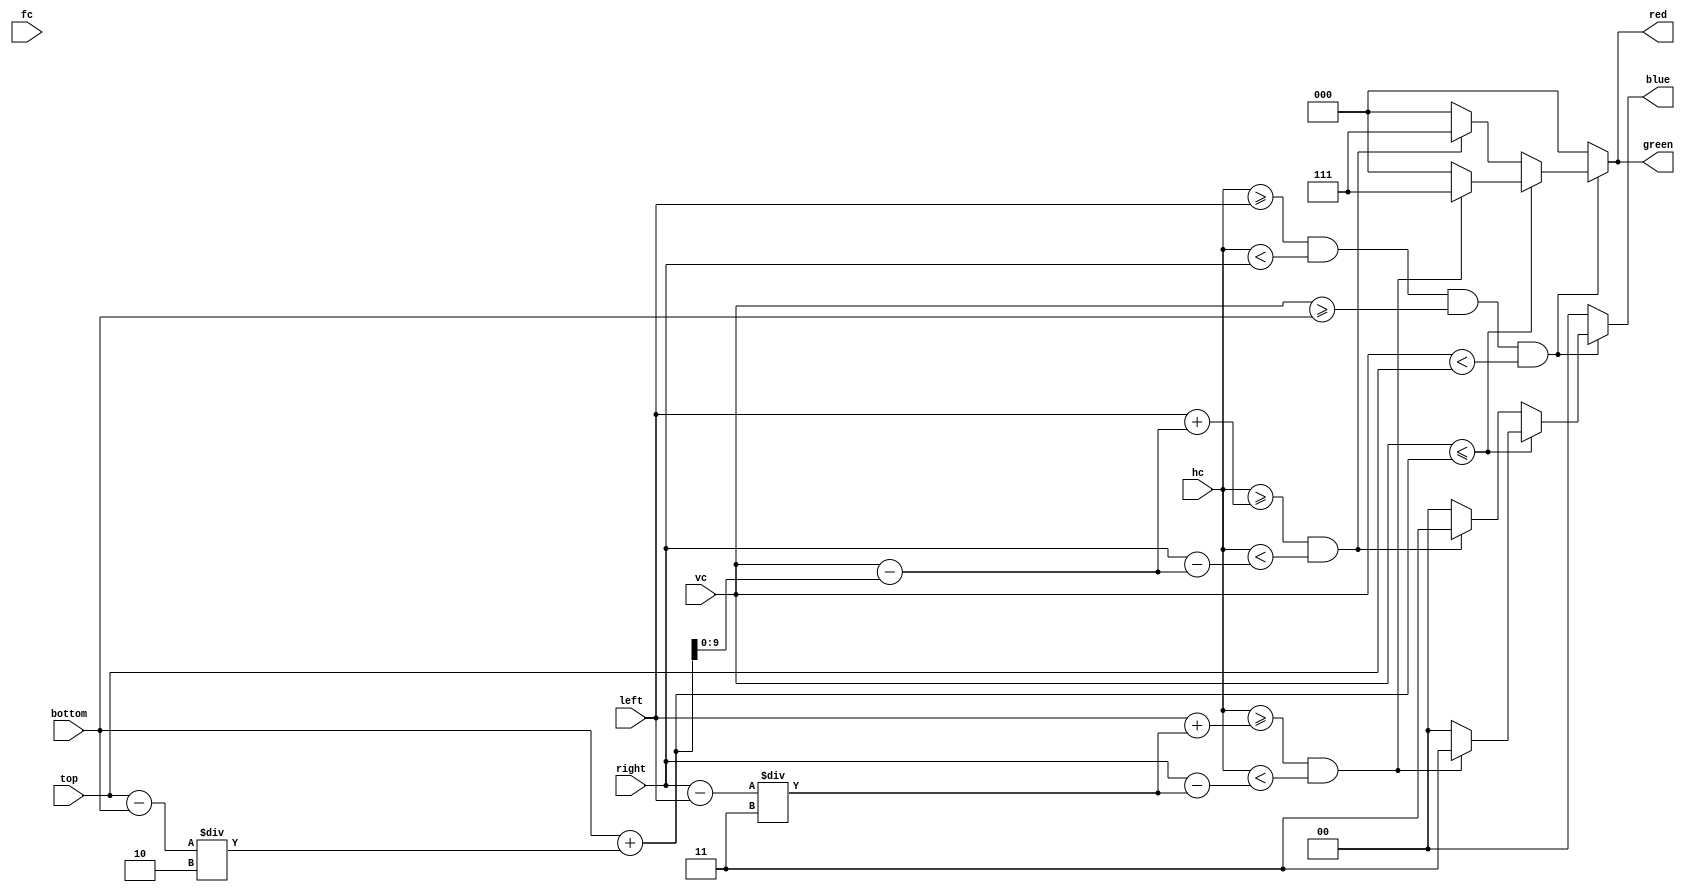
`timescale 1ns / 1ps
//////////////////////////////////////////////////////////////////////////////////
// Company: 
// Engineer: 
// 
// Design Name: 
// Module Name:    up_arrow 
// Project Name: 
// Target Devices: 
// Tool versions: 
// Description: 
//
// Dependencies: 
//
// Revision: 
// Revision 0.01 - File Created
// Additional Comments: 
//
//////////////////////////////////////////////////////////////////////////////////
module up_arrow(
	input [9:0] hc,
	input [9:0] vc,
	input [9:0] fc,
	input [9:0] left,
	input [9:0] right,
	input [9:0] top,
	input [9:0] bottom,
	output reg [2:0] red,
	output reg [2:0] green,
	output reg [1:0] blue
);

wire [9:0] width;
assign width = right - left;
wire [9:0] height;
assign height = top - bottom;
wire [9:0] offset;
assign offset = vc - (bottom + height / 2);

always @ (hc, vc) begin
	if (hc >= left && hc < right && vc >= bottom && vc < top) begin
	
		if (vc <= bottom + (height / 2)) begin
			if (hc >= left + width / 3 && hc < right - width / 3) begin
				red = 3'b111;
				green = 3'b111;
				blue = 2'b11;
			end
			else begin
				red = 3'b000;
				green = 3'b000;
				blue = 2'b00;
			end
		end

	   else if (hc >= left + offset && hc < right - offset) begin
			red = 3'b111;
			green = 3'b111;
			blue = 2'b11;
		end
		
		else begin
			red = 3'b000;
			green = 3'b000;
			blue = 2'b00;
		end

	end
	else begin
			red = 3'b000;
			green = 3'b000;
			blue = 2'b00;
	end
end

endmodule